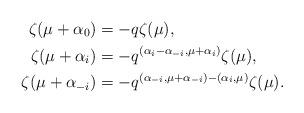
LaTeX: \begin{align*}\zeta (\mu+\alpha_0)&=-q \zeta (\mu), \\ \zeta (\mu+\alpha_i) &= -q^{(\alpha_i -\alpha_{-i}, \mu+\alpha_i)} \zeta (\mu), \\\zeta (\mu+\alpha_{-i}) &= -q^{(\alpha_{-i}, \mu+\alpha_{-i}) - (\alpha_{i}, \mu)} \zeta (\mu). \end{align*}